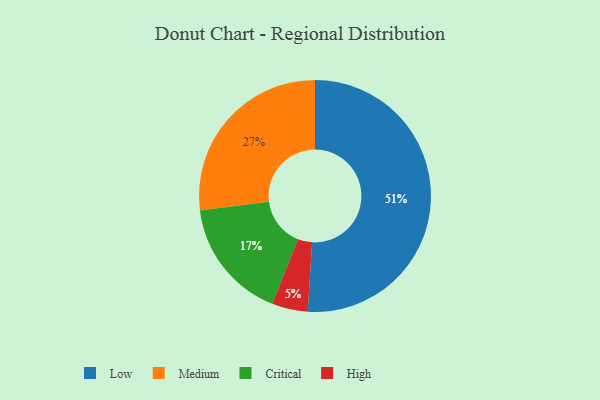
{"axis": {"x": "Category", "y": "Percentage"}, "legend": ["Critical", "High", "Low", "Medium"], "data": [{"x": "Low", "y": 51, "type": "Low"}, {"x": "Medium", "y": 27, "type": "Medium"}, {"x": "Critical", "y": 17, "type": "Critical"}, {"x": "High", "y": 5, "type": "High"}]}